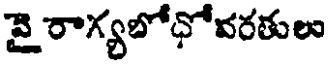
వై రాగ్యబోధోవరతులు